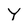
Character: Y